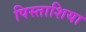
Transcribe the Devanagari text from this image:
पिस्ताशिया